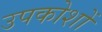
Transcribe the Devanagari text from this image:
उपकोशों